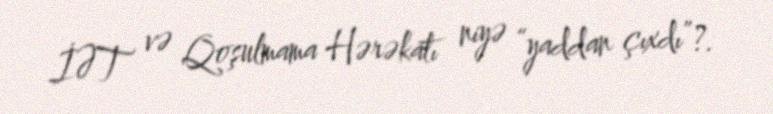
İƏT və Qoşulmama Hərəkatı niyə “yaddan çıxdı”?.